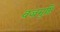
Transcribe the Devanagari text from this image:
वज्रमुष्टि